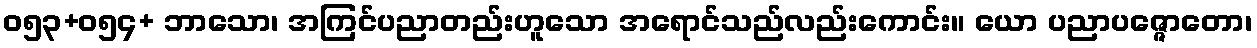
ဝ၅၃+၀၅၄+ ဘာသော၊ အကြင်ပညာတည်းဟူသော အရောင်သည်လည်းကောင်း။ ယော ပညာပဇ္ဇောတော၊